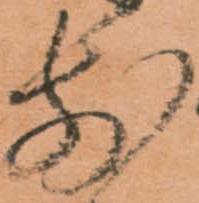
前